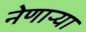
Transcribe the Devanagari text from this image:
नेणाऱ्या